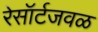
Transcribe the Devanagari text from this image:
रेसॉर्टजवळ